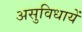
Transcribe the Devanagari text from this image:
असुविधायें